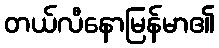
တယ်လီနောမြန်မာ၏